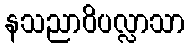
နသညာဝိပလ္လာသာ